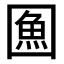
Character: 𭍯